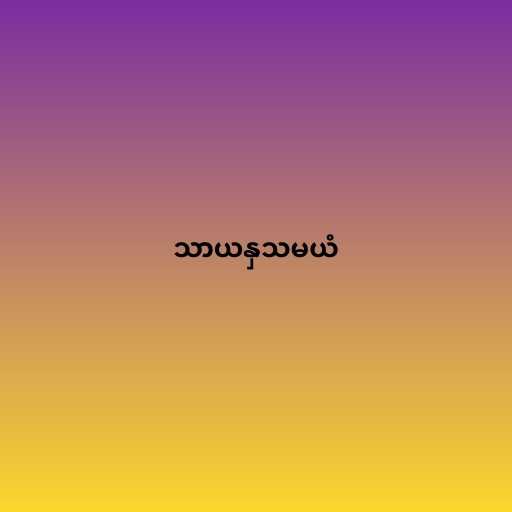
သာယနှသမယံ